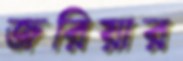
জরিয়ার